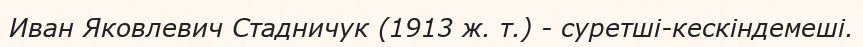
Иван Яковлевич Стадничук (1913 ж. т.) - суретші-кескіндемеші.